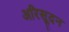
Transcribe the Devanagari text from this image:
अरिसूदन